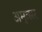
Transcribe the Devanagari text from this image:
अमृत्सर